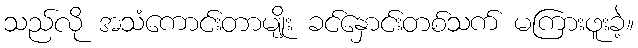
သည်လို အသံကောင်းတာမျိုး ခင်နှောင်းတစ်သက် မကြားဖူးခဲ့။